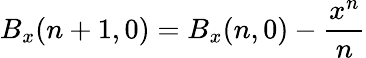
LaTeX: B_{x}(n+1,0)=B_{x}(n,0)-\frac{x^{n}}{n}